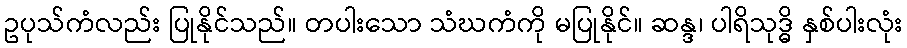
ဥပုသ်ကံလည်း ပြုနိုင်သည်။ တပါးသော သံဃကံကို မပြုနိုင်။ ဆန္ဒ၊ ပါရိသုဒ္ဓိ နှစ်ပါးလုံး